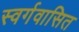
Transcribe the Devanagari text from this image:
स्वर्गवासित